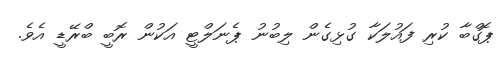
ޕޮގްބާ ކުރި ފައުލަކާ ގުޅިގެން ލިބުނު ޕެނަލްޓީ އަކުން ރޮބީ ބްރޭޑީ އެވެ.